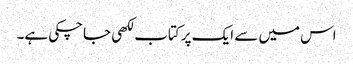
اس میں سے ایک پر کتاب لکھی جاچکی ہے۔